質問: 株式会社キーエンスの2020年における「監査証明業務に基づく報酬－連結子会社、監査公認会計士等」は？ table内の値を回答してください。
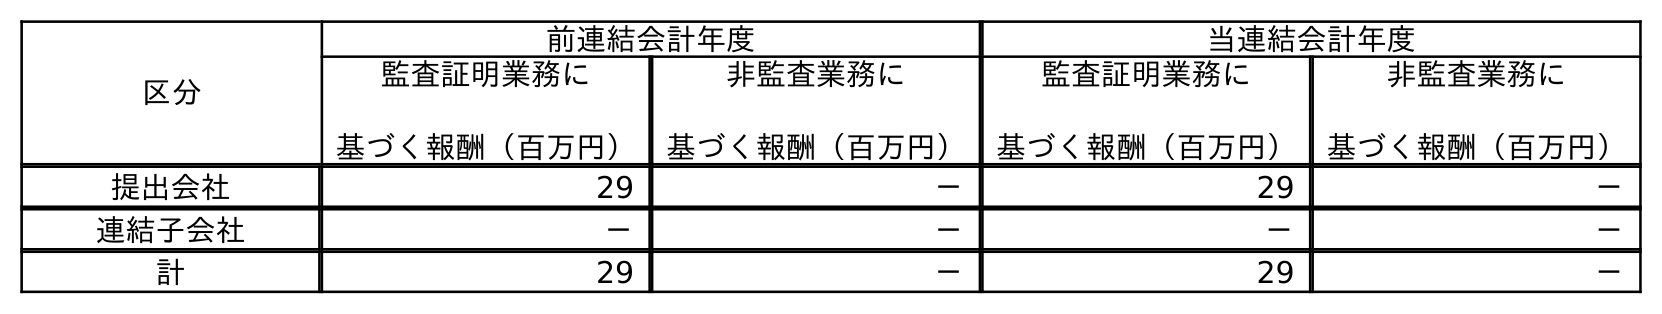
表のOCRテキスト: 区分 前連結会計年度 当連結会計年度 監査証明業務に 基づく報酬（百万円） 非監査業務に 基づく報酬（百万円） 監査証明業務に 基づく報酬（百万円） 非監査業務に 基づく報酬（百万円） 提出会社 29 － 29 － 連結子会社 － － － － 計 29 － 29 －
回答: －